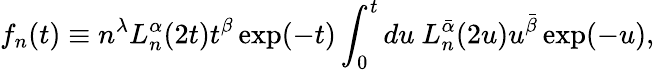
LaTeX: f_{n}(t)\equiv n^{\lambda}L_{n}^{\alpha}(2t)t^{\beta}\exp(-t)\int_{0}^{t}du\ L_{n}^{\bar{\alpha}}(2u)u^{\bar{\beta}}\exp(-u),